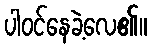
ပါဝင်နေခဲ့လေ၏။